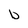
Character: b